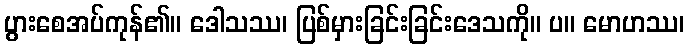
ပွားစေအပ်ကုန်၏။ ဒေါသဿ၊ ပြစ်မှားခြင်းခြင်းဒေသကို။ ပ။ မောဟဿ၊